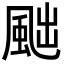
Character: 𩖷